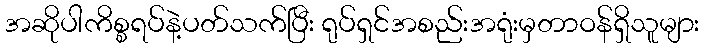
အဆိုပါကိစ္စရပ်နဲ့ပတ်သက်ပြီး ရုပ်ရှင်အစည်းအရုံးမှတာဝန်ရှိသူများ